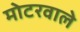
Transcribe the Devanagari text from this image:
मोटरवाले